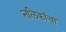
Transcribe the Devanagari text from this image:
नलिकांचा